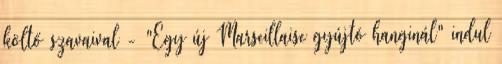
költő szavaival - "Egy új Marseillaise gyújtó hanginál" indul